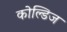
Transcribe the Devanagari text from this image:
कोल्डिज